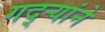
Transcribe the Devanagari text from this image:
गद्र्‍यांने